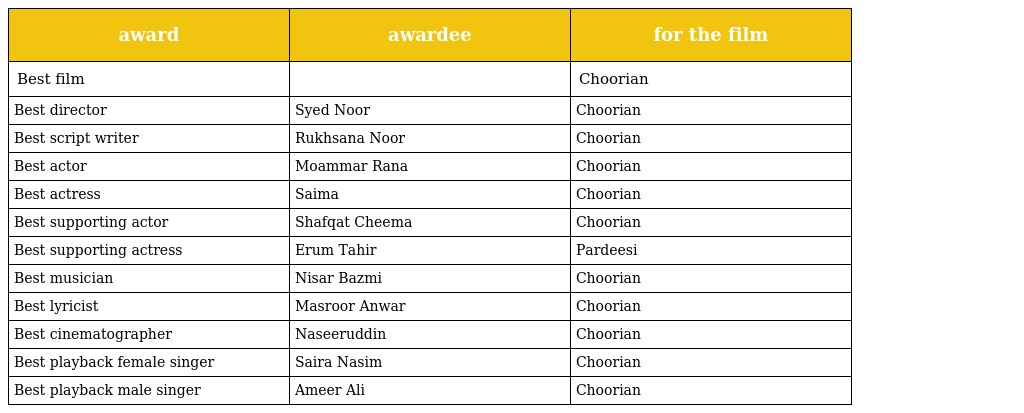
| award | awardee | for the film |
 | --- | --- | --- |
 | Best film |  | Choorian |
 | Best director | Syed Noor | Choorian |
 | Best script writer | Rukhsana Noor | Choorian |
 | Best actor | Moammar Rana | Choorian |
 | Best actress | Saima | Choorian |
 | Best supporting actor | Shafqat Cheema | Choorian |
 | Best supporting actress | Erum Tahir | Pardeesi |
 | Best musician | Nisar Bazmi | Choorian |
 | Best lyricist | Masroor Anwar | Choorian |
 | Best cinematographer | Naseeruddin | Choorian |
 | Best playback female singer | Saira Nasim | Choorian |
 | Best playback male singer | Ameer Ali | Choorian |